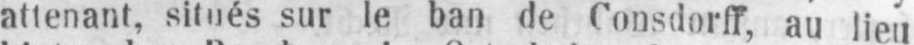
attenant, situés sur le ban de Consdorff, au lieu